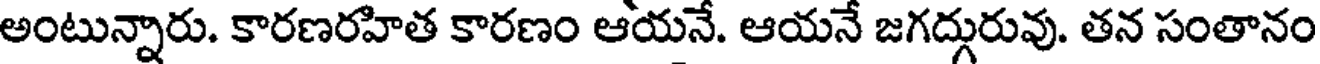
అంటున్నారు. కారణరహిత కారణం ఆయనే. ఆయనే జగద్గురువు. తన సంతానం